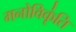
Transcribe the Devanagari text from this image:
मनोविकृ॑ति